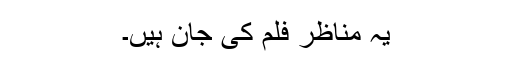
یہ مناظر فلم کی جان ہیں۔